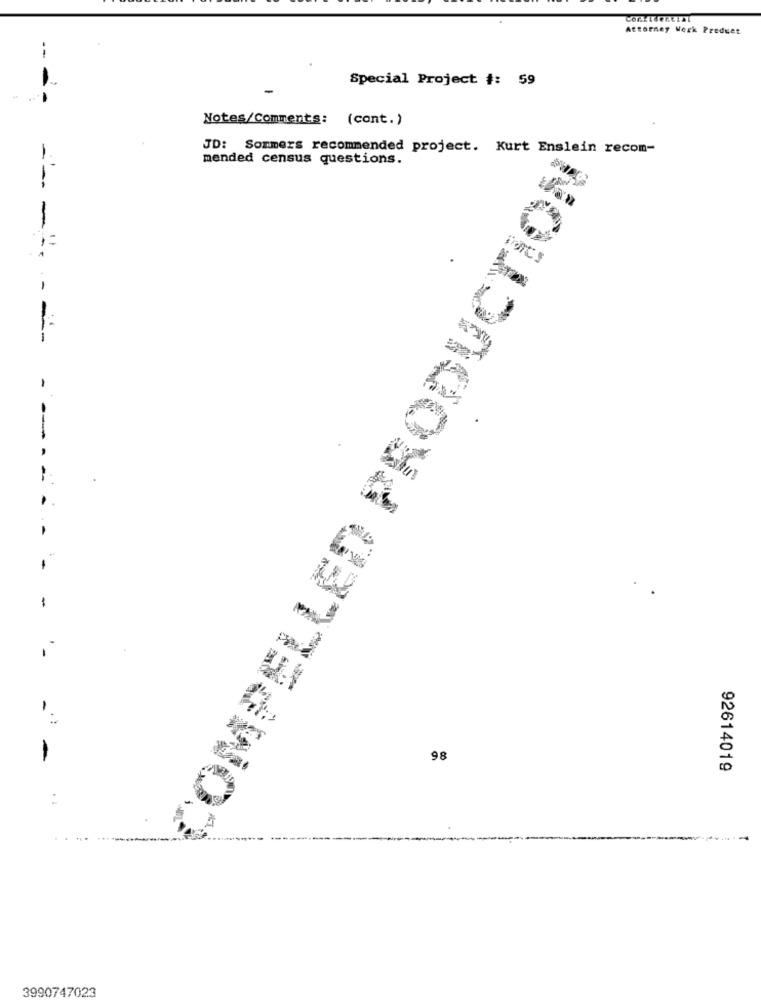
Attorney Werk Preduet
Special Project #: 59
Notes/Comments: (cont.)
JD: Sommers recommended project. Kurt Enslein recom-
mended census questions.
COMPELLED PRODUCTION
---
-- - --
98
92614019
3990747023